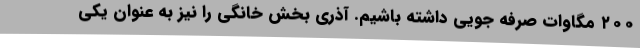
۲۰۰ مگاوات صرفه جویی داشته باشیم. آذری بخش خانگی را نیز به عنوان یکی